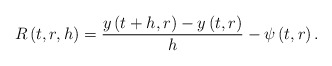
\begin{align*}R\left( t,r,h\right) =\frac{y\left( t+h,r\right) -y\left( t,r\right) }{h}-\psi \left( t,r\right) . \end{align*}